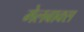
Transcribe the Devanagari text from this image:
मेलबाक्स